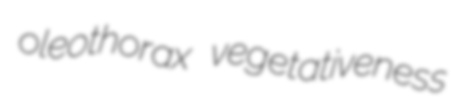
oleothorax vegetativeness